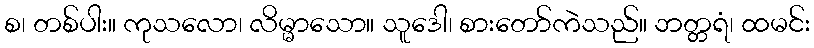
စ၊ တစ်ပါး။ ကုသလော၊ လိမ္မာသော။ သူဒေါ၊ စားတော်ကဲသည်။ ဘတ္တရံ၊ ထမင်း